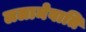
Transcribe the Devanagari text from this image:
ललामेवाति